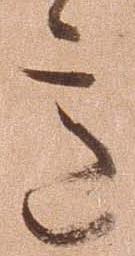
意